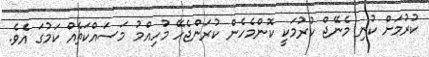
ކުރުމަށް ކުނި މެނޭޖް ކުރުމަކީ ކޮންމެހެން ކުރަންޖެހޭ މުހިއްމު މަސައްކަތެއް ކަމުގަ އެވެ.